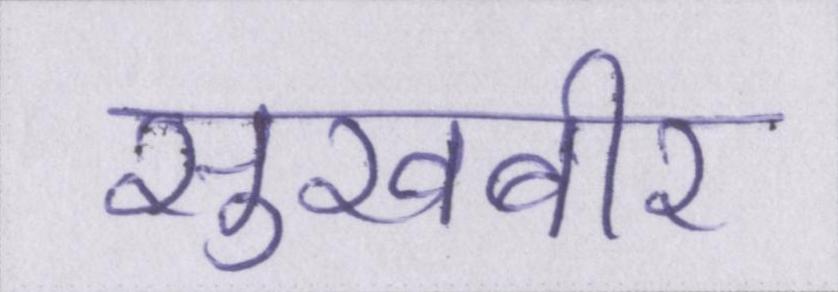
सुखबीर